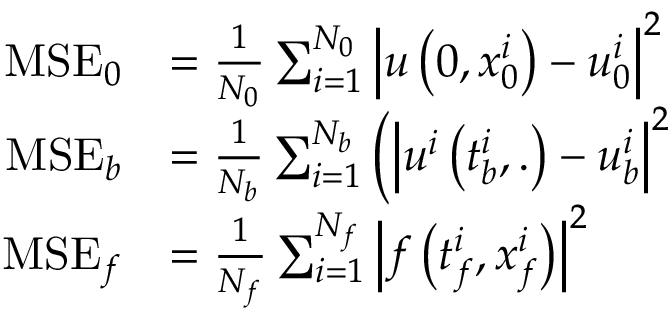
\begin{array} { r l } { \mathrm { M S E } _ { 0 } } & { = \frac { 1 } { N _ { 0 } } \sum _ { i = 1 } ^ { N _ { 0 } } \left| u \left( 0 , x _ { 0 } ^ { i } \right) - u _ { 0 } ^ { i } \right| ^ { 2 } } \\ { \mathrm { M S E } _ { b } } & { = \frac { 1 } { N _ { b } } \sum _ { i = 1 } ^ { N _ { b } } \left( \left| u ^ { i } \left( t _ { b } ^ { i } , . \right) - u _ { b } ^ { i } \right| ^ { 2 } \right. } \\ { \mathrm { M S E } _ { f } } & { = \frac { 1 } { N _ { f } } \sum _ { i = 1 } ^ { N _ { f } } \left| f \left( t _ { f } ^ { i } , x _ { f } ^ { i } \right) \right| ^ { 2 } } \end{array}